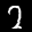
Label: 2